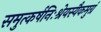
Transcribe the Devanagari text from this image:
समुत्कर्षनिःश्रेयस्यैकमुग्रं